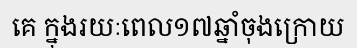
គេ ក្នុងរយៈពេល១៧ឆ្នាំចុងក្រោយ